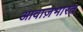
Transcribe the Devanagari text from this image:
आवाज़भारत